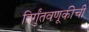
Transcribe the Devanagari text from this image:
निर्गुंतवणूकीची